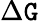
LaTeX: \Delta\mathtt{G}